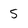
Character: 5